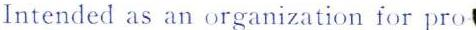
Intended as an organization for pro-